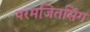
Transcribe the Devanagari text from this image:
परमजितसिंग